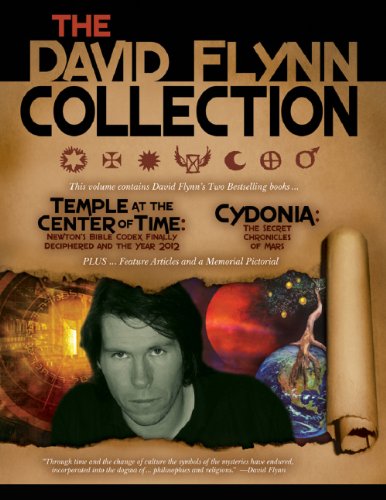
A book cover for The David Flynn Collection; David Flynn; Christian Books & Bibles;